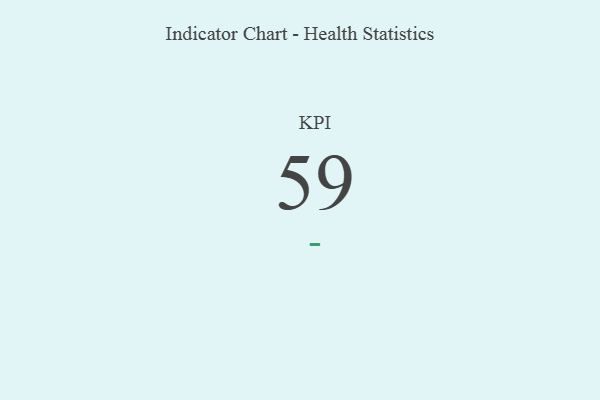
{"axis": {"x": "KPI", "y": "Value"}, "legend": [""], "data": [{"x": "KPI", "y": 59, "type": ""}]}